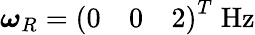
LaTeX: {\boldsymbol{\omega}}_{R}={\left(\begin{array}{lll}{0}&{0}&{2}\end{array}\right)}^{T}\; {\mathrm{Hz}}